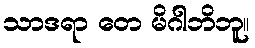
သာဒရာ တေ မိဂါဘိဘူ။